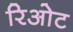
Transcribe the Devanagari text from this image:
रिओट